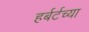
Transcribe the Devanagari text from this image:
हर्बर्टच्या